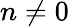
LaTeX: n\ne 0